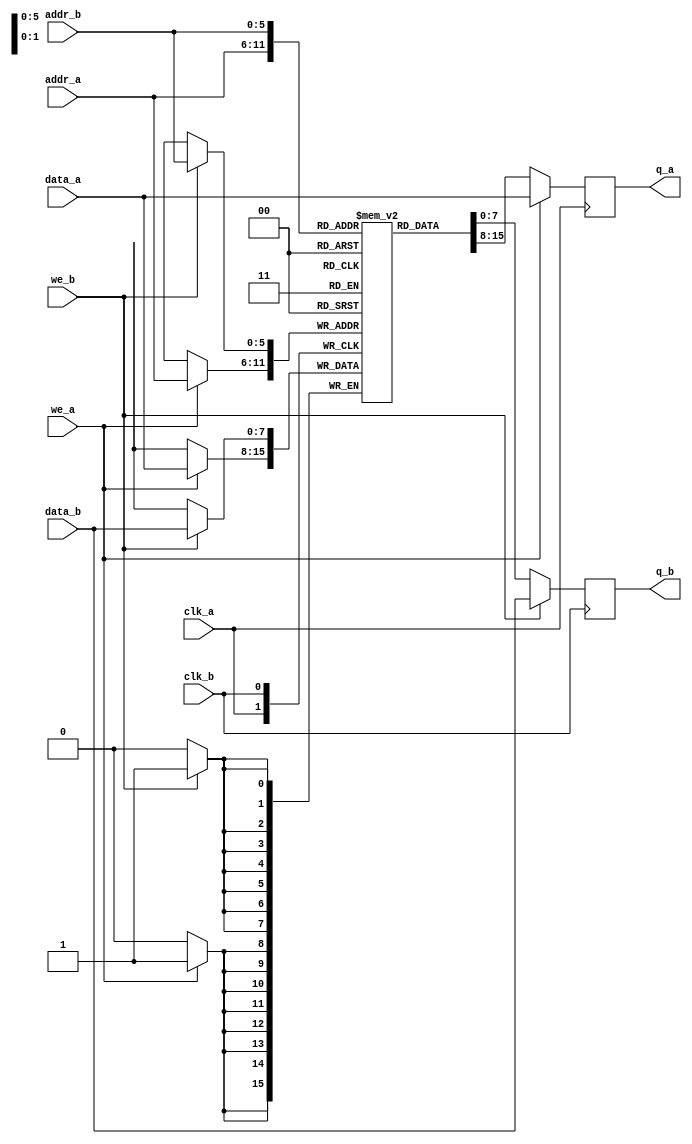
// Quartus Prime Verilog Template
// True Dual Port RAM with dual clocks

module true_dual_port_ram_dual_clock
  #(parameter DATA_WIDTH=8, parameter ADDR_WIDTH=6)
   (
    input [(DATA_WIDTH-1):0] 	  data_a, data_b,
    input [(ADDR_WIDTH-1):0] 	  addr_a, addr_b,
    input 			  we_a, we_b, clk_a, clk_b,
    output reg [(DATA_WIDTH-1):0] q_a, q_b
    );
   
   // Declare the RAM variable
   reg [DATA_WIDTH-1:0] 	  ram[2**ADDR_WIDTH-1:0];
   
   always @ (posedge clk_a)
     begin
	// Port A 
	if (we_a) 
	  begin
	     ram[addr_a] <= data_a;
	     q_a <= data_a;
	  end
	else 
	  begin
	     q_a <= ram[addr_a];
	  end 
     end
   
   always @ (posedge clk_b)
     begin
	// Port B 
	if (we_b) 
	  begin
	     ram[addr_b] <= data_b;
	     q_b <= data_b;
	  end
	else 
	  begin
	     q_b <= ram[addr_b];
	  end 
     end


   // Specify the initial contents.
   initial
     begin : INIT
	integer i;
	for(i = 0; i < 2**ADDR_WIDTH; i = i + 1)
	  ram[i] = {DATA_WIDTH{1'b0}};
	end 
   
endmodule